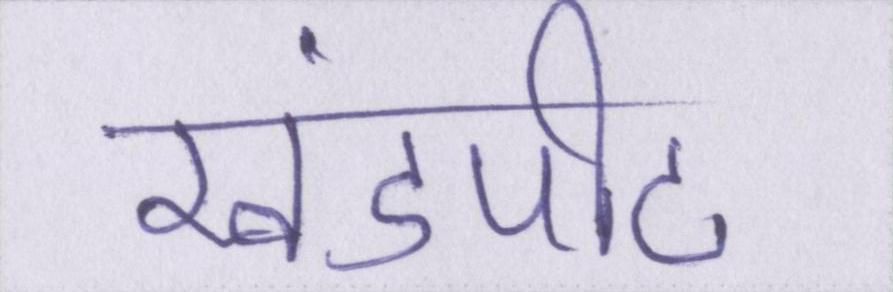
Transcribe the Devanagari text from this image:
खंडपीठ